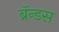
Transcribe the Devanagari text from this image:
ब्रॅन्डस